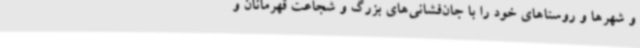
و شهرها و روستاهای خود را با جان‌فشانی‌های بزرگ و شجاعت قهرمانان و